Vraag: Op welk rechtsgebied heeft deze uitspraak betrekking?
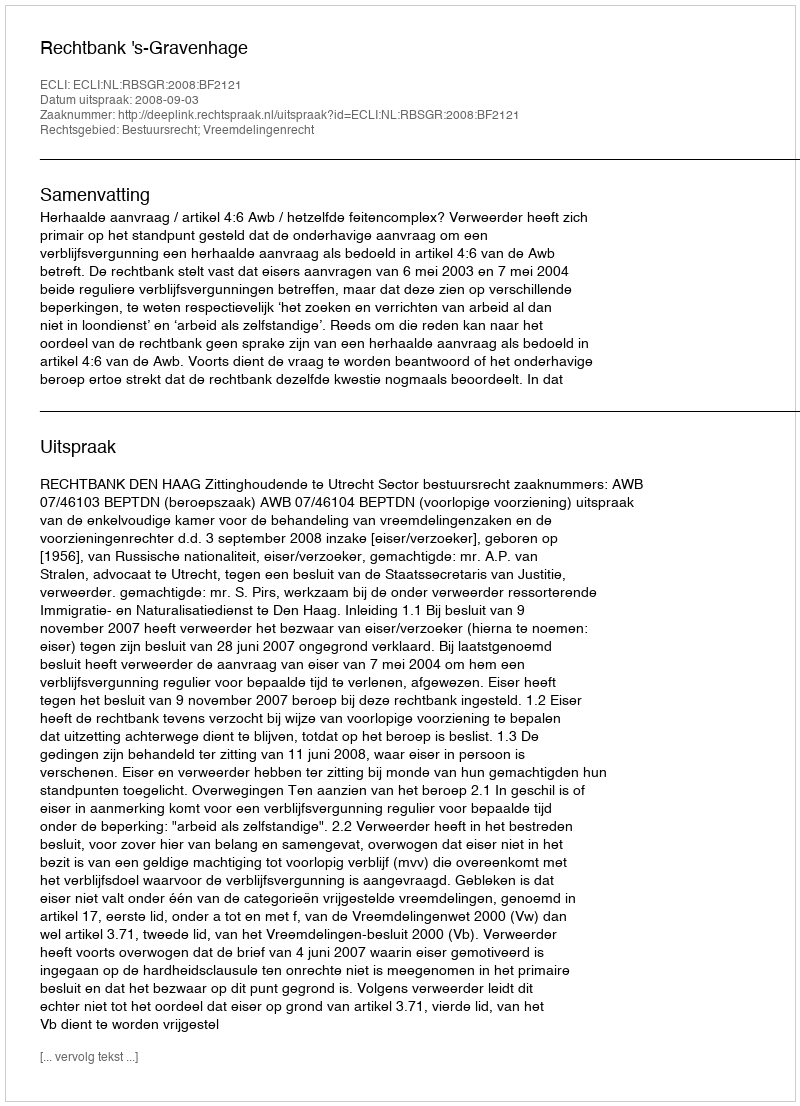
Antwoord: Bestuursrecht; Vreemdelingenrecht